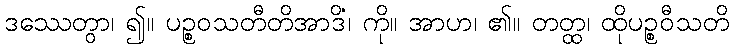
ဒဿေတွာ၊ ၍။ ပဉ္စဝသတီတိအာဒိံ၊ ကို။ အာဟ၊ ၏။ တတ္ထ၊ ထိုပဉ္စဝီသတိ